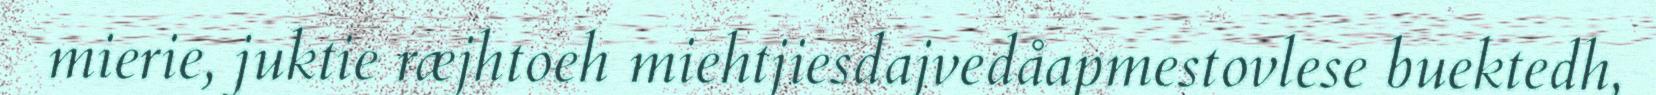
mierie, juktie ræjhtoeh miehtjiesdajvedåapmestovlese buektedh,